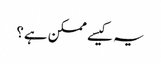
یہ کیسے ممکن ہے؟